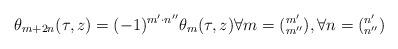
LaTeX: \begin{align*}\theta_{m+2n}(\tau , z) = (-1)^{m' \cdot n''} \theta_{m} (\tau , z ) \forall m=({}^{m'}_{m''}), \forall n=({}^{n'}_{n''})\end{align*}